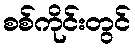
စစ်ကိုင်းတွင်